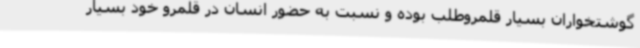
گوشتخواران بسیار قلمروطلب بوده و نسبت به حضور انسان در قلمرو خود بسیار